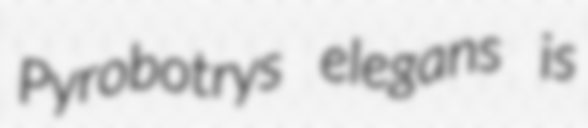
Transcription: Pyrobotrys elegans is